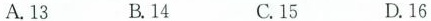
A.13 B.14 C.15 D.16